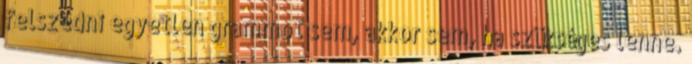
felszedni egyetlen grammot sem, akkor sem, ha szükséges lenne.